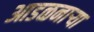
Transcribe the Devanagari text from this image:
आडळनाऱ्या